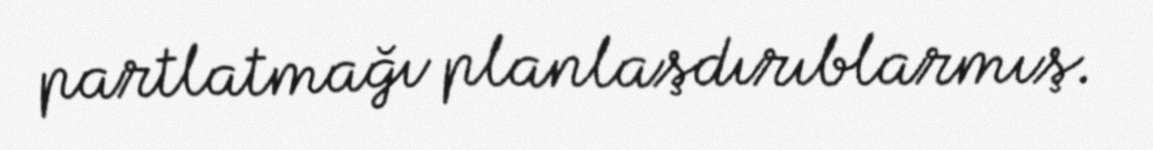
partlatmağı planlaşdırıblarmış.